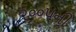
૨૦૦૫ની